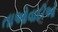
તાઓવાદીઓ